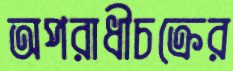
অপরাধীচক্রের